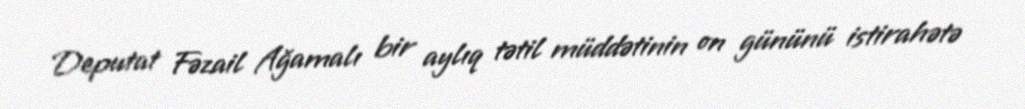
Deputat Fəzail Ağamalı bir aylıq tətil müddətinin on gününü istirahətə